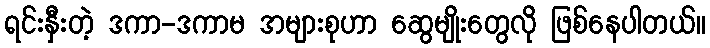
ရင်းနှီးတဲ့ ဒကာ-ဒကာမ အများစုဟာ ဆွေမျိုးတွေလို ဖြစ်နေပါတယ်။